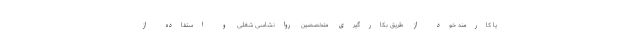
یا کارمند خود از طریق بکارگیری متخصصین روانشاسی شغلی و استفاده از